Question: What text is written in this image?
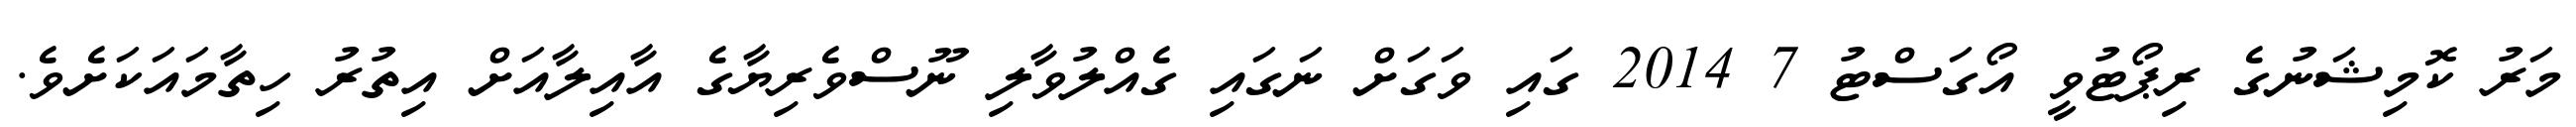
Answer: މަރު ކޮމިޝަނުގެ ރިޕޯޓުވީ އޯގަސްޓު 7 2014 ގައި ވަގަށް ނަގައި ގެއްލުވާލި ނޫސްވެރިޔާގެ އާއިލާއަށް އިތުރު ހިތާމައަކަށެވެ.